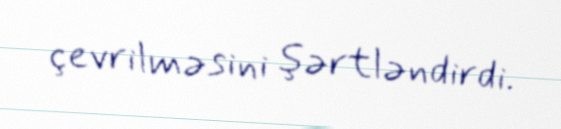
çevrilməsini şərtləndirdi.